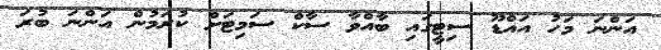
އަންނަ މަހު އައްޑޫ ސިޓީގައި ބާއްވާ ސާކް ސަމިޓަށް ކުރަމުން އަންނަ ބުރަ